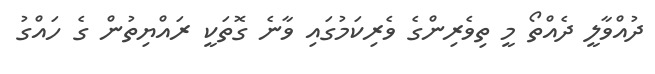
ދުއްވާލީ ދެއްތޯ މީ ތިވެރިންގެ ވެރިކަމުގައި ވާނެ ގޮތަކީ ރައްޔިތުން ގެ ހައްގު